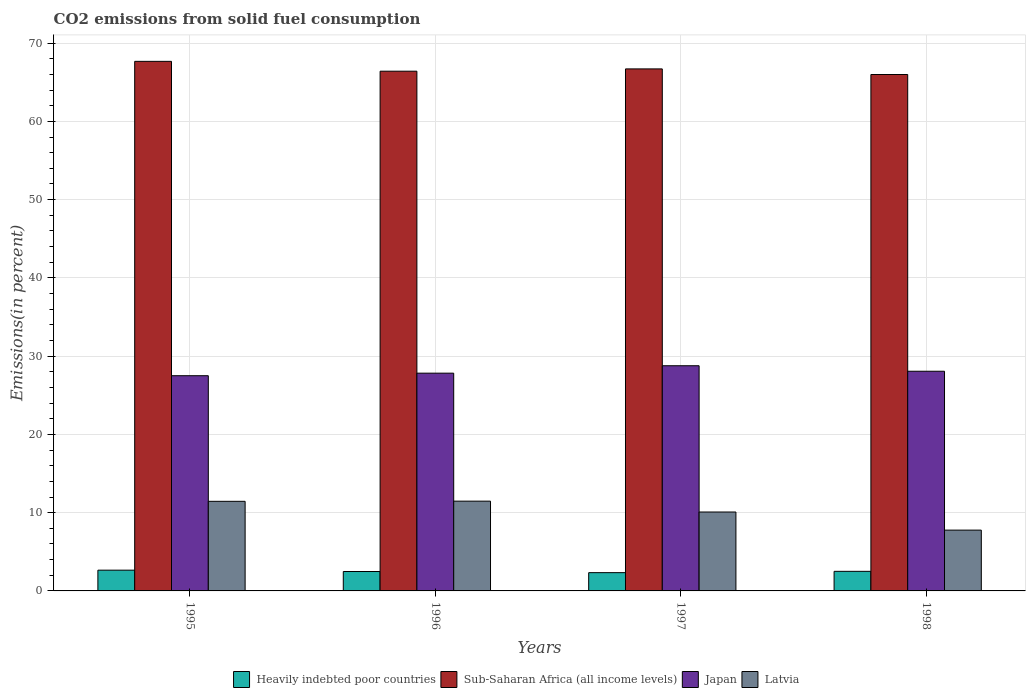
| Years | Heavily indebted poor countries | Sub-Saharan Africa (all income levels) | Japan | Latvia |
 | --- | --- | --- | --- | --- |
 | 1995 | 2.65 | 67.7 | 27.5 | 11.4 |
 | 1996 | 2.48 | 66.4 | 27.8 | 11.5 |
 | 1997 | 2.34 | 66.7 | 28.8 | 10.1 |
 | 1998 | 2.5 | 66 | 28.1 | 7.77 |